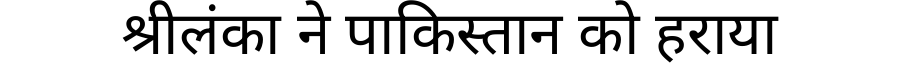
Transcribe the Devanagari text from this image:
श्रीलंका ने पाकिस्तान को हराया